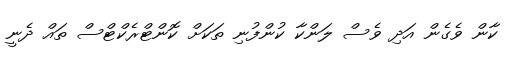
ކާން ވެގެން އަދި ވެސް ލަންކާ ކުންފުނި ތަކަށް ކޮންޓްރެކްޓްސް ތައް ދެނީ